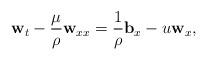
LaTeX: \begin{align*} \mathbf{w}_t-\frac{\mu}{\rho}\mathbf{w}_{xx}=\frac{1}{\rho}\mathbf{b}_x-u\mathbf{w}_x,\end{align*}